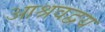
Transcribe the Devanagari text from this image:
आश्रवद्वय